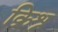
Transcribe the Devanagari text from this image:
क्रिश्न